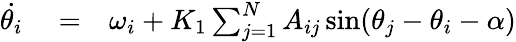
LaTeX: \begin{array}{rlr}{\dot{\theta_{i}}}&{{}=}&{\omega_{i}+K_{1}\sum_{j=1}^{N}A_{ij}\sin(\theta_{j}-\theta_{i}-\alpha)}\end{array}